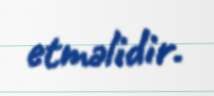
etməlidir.